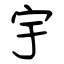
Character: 宇